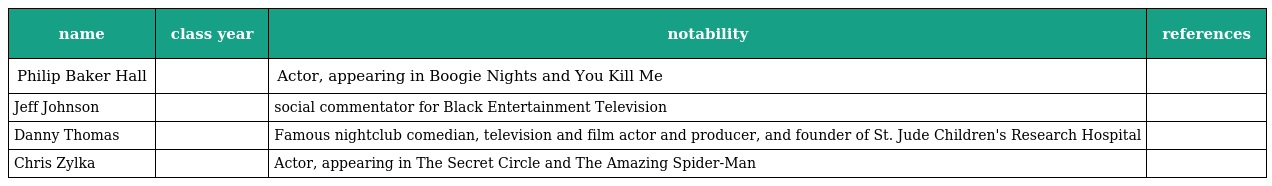
| name | class year | notability | references |
 | --- | --- | --- | --- |
 | Philip Baker Hall |  | Actor, appearing in Boogie Nights and You Kill Me |  |
 | Jeff Johnson |  | social commentator for Black Entertainment Television |  |
 | Danny Thomas |  | Famous nightclub comedian, television and film actor and producer, and founder of St. Jude Children's Research Hospital |  |
 | Chris Zylka |  | Actor, appearing in The Secret Circle and The Amazing Spider-Man |  |